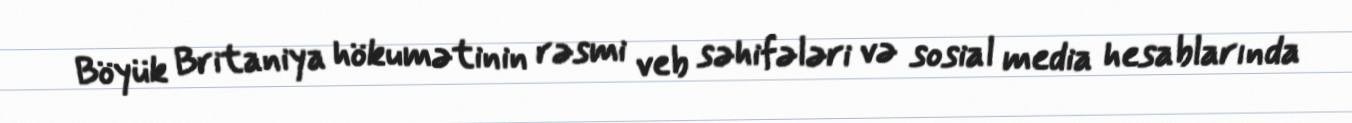
Böyük Britaniya hökumətinin rəsmi veb səhifələri və sosial media hesablarında